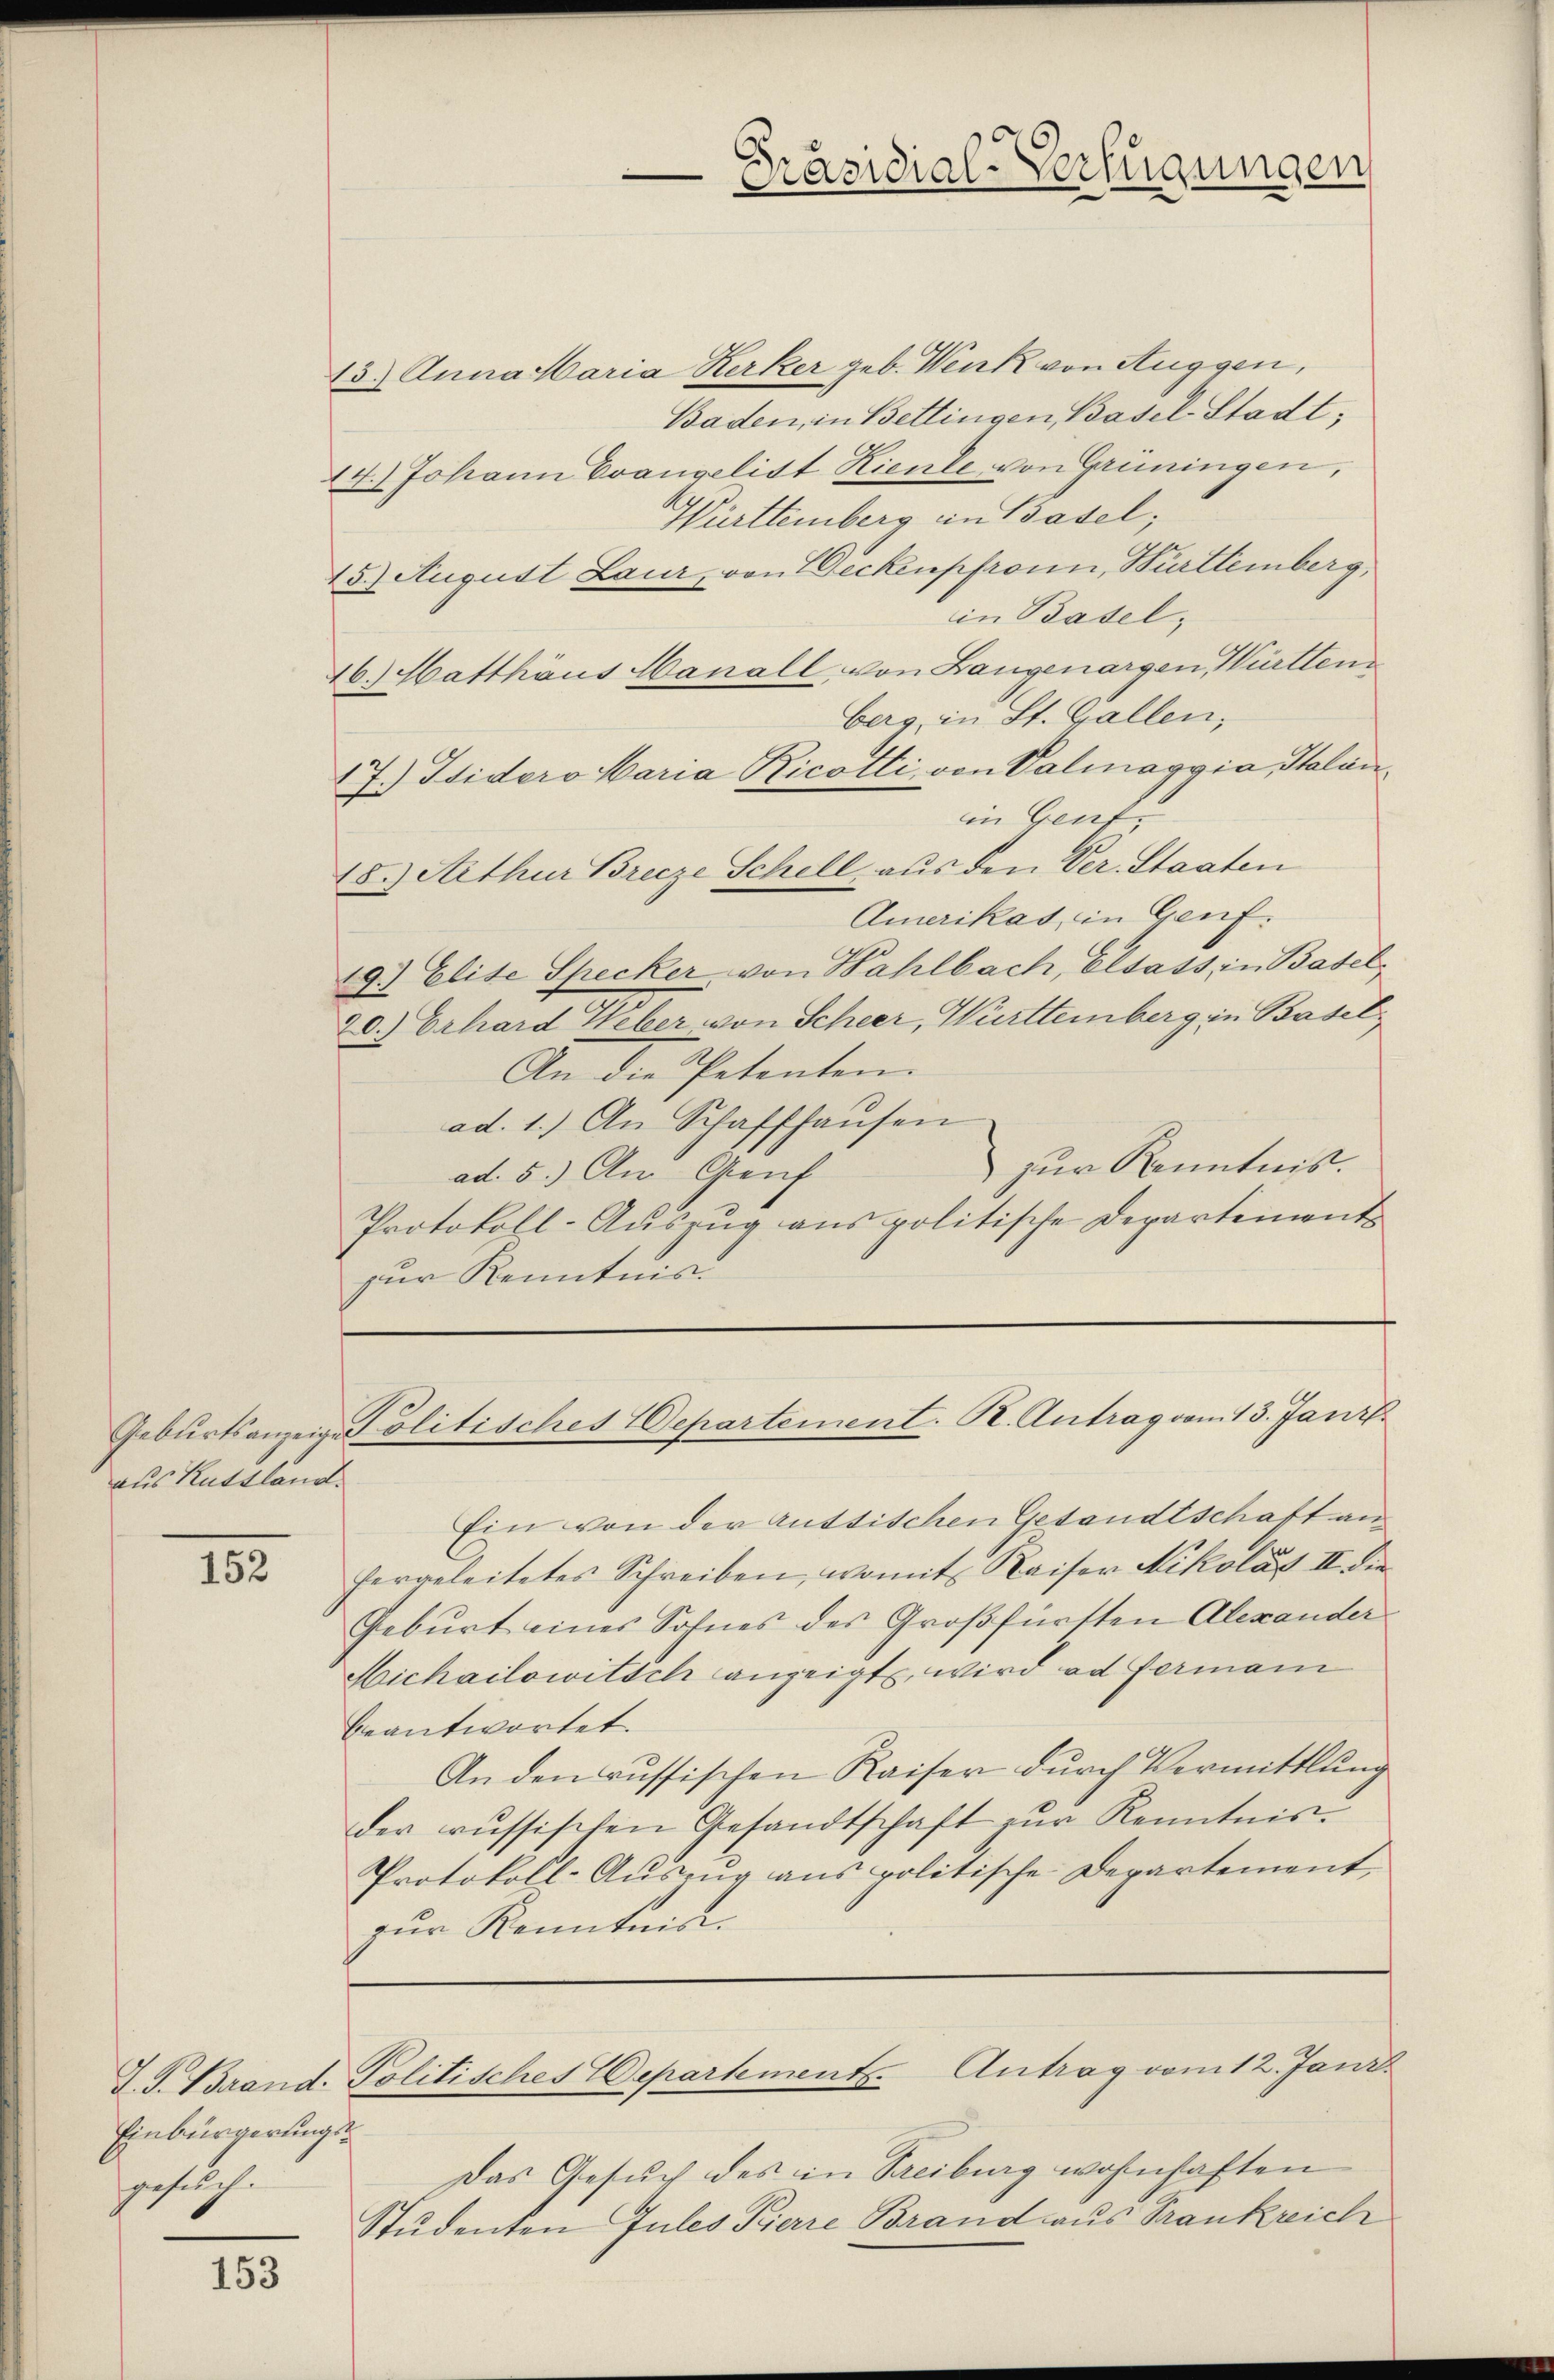
152

Einbürgerungsgesuch.

153

13.) Anna Maria Kerker geb. Wenk von Auggen,
Baden, in Bettingen Basel-Stadt,
14.) Johann Evangelitt Kiente, von Grüningen,
Württemberg in Basel;
15.) August Laur, von Deckenpfron, Württemberg,
in Basel,
16.) Hatthäus Hanall, von Langenargen, Württen
berg, in St. Gallen,
17.) Widero Maria Ricotti, von Valmaggia, Salanin Genf,
18.) Arthur Brecze Schill aus den Ver. Staaten
Amerikas, in Genf.
19.) Elise Specker von Wahlbach, Elsass in Basel,
20.) Erhard Weber, von Scheer, Württemberg in Basel,
An die Petenten.
ad. 1.) An Schaffhaŭsen
zur Kenntnis.
ad. 5.) An Greif
Protokoll-Auszug aus politische Departements
zur Kenntnis

aus Russland.

Ein von der Muttischen Gesandtschaft an
hergeleitetes Schreiben, womit Kaiser Nikolat II. Die
Geburt eines Sohnes des Großfürtten Alexander
Hichailowitsch anzeigt, wird ad fermani
beantwortet.
An den russischen Kaiser durch Vermittlung
der russischen Gesandtschaft zur Kenntnis¬
Protokoll-Auszug aus politische Departement-
zur Kenntnis.

Präsidial-Verfügungen

Gebŭrtsanzeige Politisches Departement. K. Antrag vom 13. Janis

J. J. Brand. Politisches Departements-Antrag vom 12. Janz
h

Das Gesuch des in Treiburg wohnhaften
Studenten Jules Pierre Brand aus Frankreich